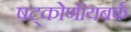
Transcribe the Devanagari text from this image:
षट्कोणीयबर्फ